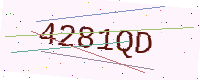
Text: 4281QD